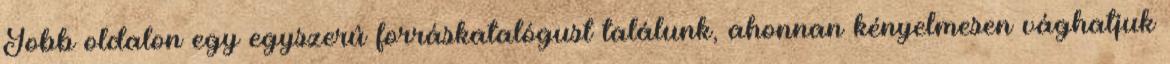
Jobb oldalon egy egyszerû forráskatalógust találunk, ahonnan kényelmesen vághatjuk